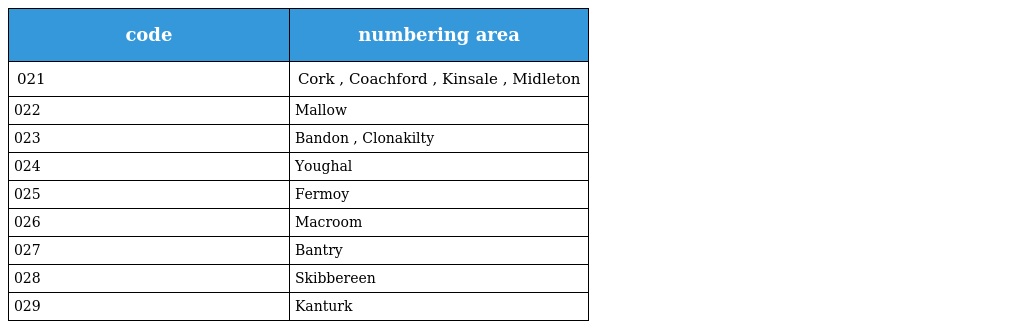
| code | numbering area |
 | --- | --- |
 | 021 | Cork , Coachford , Kinsale , Midleton |
 | 022 | Mallow |
 | 023 | Bandon , Clonakilty |
 | 024 | Youghal |
 | 025 | Fermoy |
 | 026 | Macroom |
 | 027 | Bantry |
 | 028 | Skibbereen |
 | 029 | Kanturk |